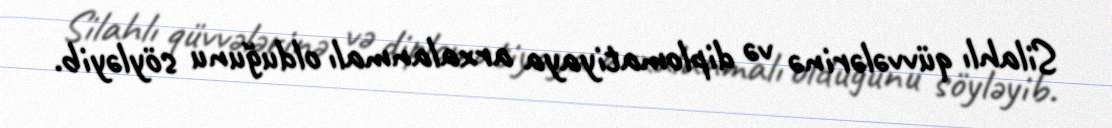
Silahlı qüvvələrinə və diplomatiyaya arxalanmalı olduğunu söyləyib.